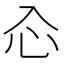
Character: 𠓣